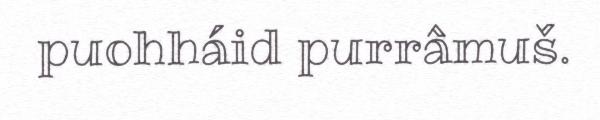
puohháid purrâmuš.